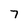
Character: 7